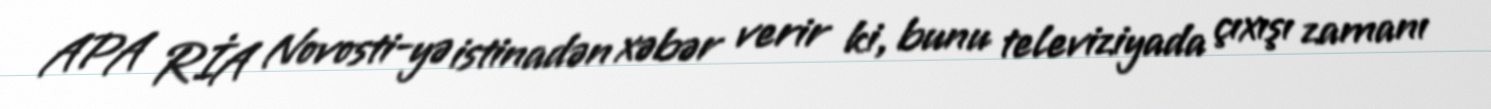
APA RİA Novosti-yə istinadən xəbər verir ki, bunu televiziyada çıxışı zamanı